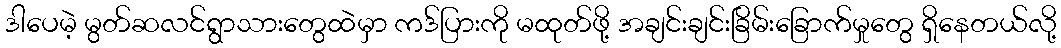
ဒါပေမဲ့ မွတ်ဆလင်ရွာသားတွေထဲမှာ ကဒ်ပြားကို မထုတ်ဖို့ အချင်းချင်းခြိမ်းခြောက်မှုတွေ ရှိနေတယ်လို့